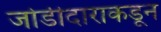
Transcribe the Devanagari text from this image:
जोडीदाराकडून